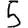
Digit: 5